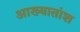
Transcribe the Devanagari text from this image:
आख्यातांश